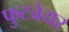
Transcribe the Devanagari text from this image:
फुटवेयर